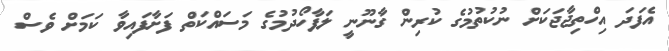
އެފަދަ އިހްތިޖާޖަކަށް ނުކުތުމުގެ ކުރިން ގާނޫނީ ލަފާހޯދުމުގެ މަސައްކަތް ފަށާފައިވާ ކަމަށް ވެސް